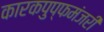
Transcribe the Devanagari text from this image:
कारकपुप्फमंजरी